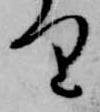
り